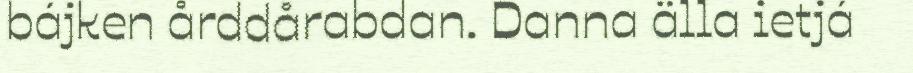
bájken årddårabdan. Danna älla ietjá